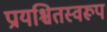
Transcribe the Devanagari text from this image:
प्रायश्चितस्वरूप